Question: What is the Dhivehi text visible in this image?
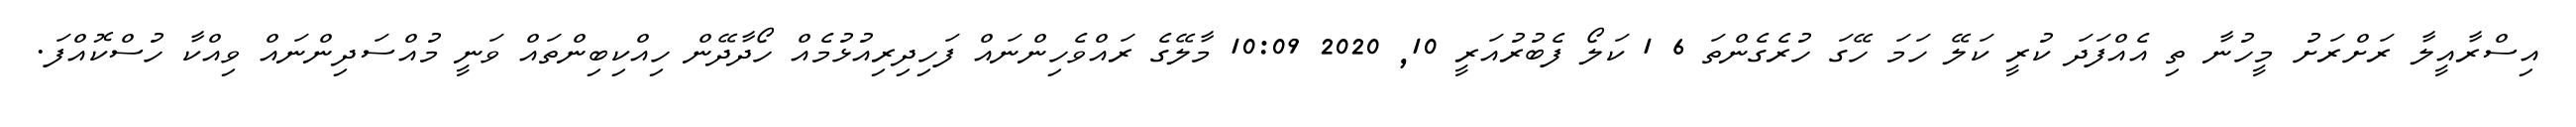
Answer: އިސްރާއީލާ ރަށްރަށު މީހުނާ ތި އެއްފަދަ ކުރީ ކަލޭ ހަމަ ހޭގަ ހުރެގެންތަ 6 1 ކަލޯ ފެބުރުއަރީ 10, 2020 10:09 މާލޭގެ ރައްވެހިންނައް ފަހިދިރިއުޅުމެއް ހޯދާދޭން ހިއްކިބިންތައް ވަނީ މުއްސަދިންނައް ވިއްކާ ހުސްކޮއްފަ.